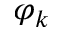
\varphi _ { k }